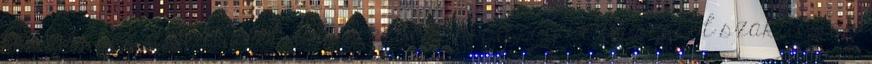
levágnának a twitterről, úgy érezném, hogy egy közösségből szakítottak